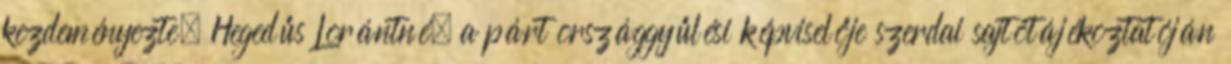
kezdeményezte. Hegedűs Lorántné, a párt országgyűlési képviselője szerdai sajtótájékoztatóján